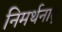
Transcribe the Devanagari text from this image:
निमर्थनात्